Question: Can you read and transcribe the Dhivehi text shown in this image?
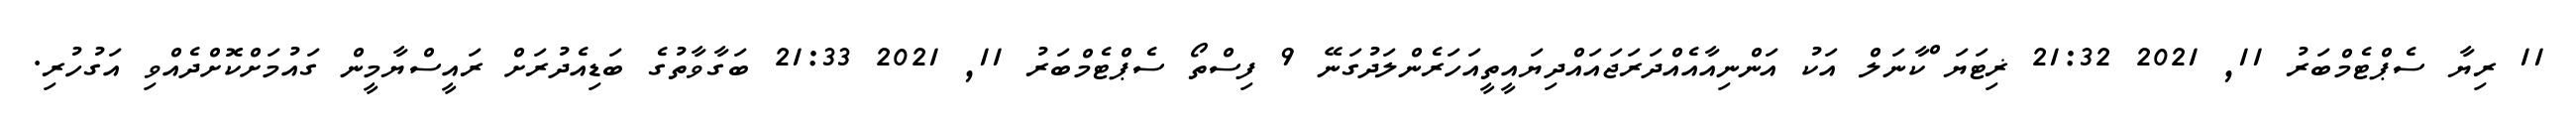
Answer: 11 ރިޔާ ސެޕްޓެމްބަރު 11, 2021 21:32 ޜިޓަޔަޱްކާނަލް އަކު އަންނިއާއެއްދަރަޖައައްދިޔައީތީއަހަރެންލަދުގަނޭ 9 ފިސްތޯ ސެޕްޓެމްބަރު 11, 2021 21:33 ބަގާވާތުގެ ބަޑިއެދުރަށް ރައީސްޔާމީން ގައުމަށްކޮށްދެއްވި އަގުހުރި.